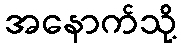
အနောက်သို့